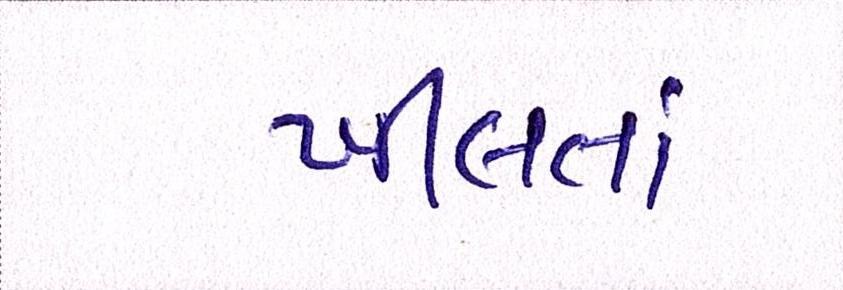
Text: ખીલતાં